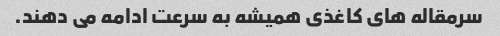
سرمقاله های کاغذی همیشه به سرعت ادامه می دهند.